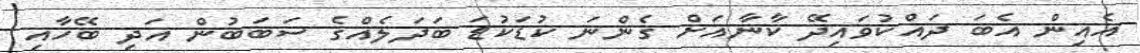
އެއިން އެބަ ދައްކުވައިދޭ ކާނާއަށް ގެންނަ ކުޑަކުޑަ ބަދަލެއްގެ ސަބަބުން އަދި ބޭހާއި